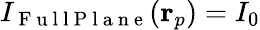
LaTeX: I_{\mathrm{~F~u~l~l~P~l~a~n~e~}}(\mathbf{r}_{p})=I_{0}